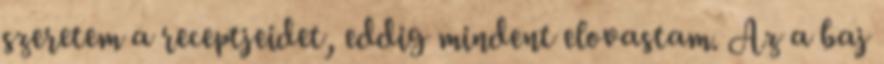
szeretem a receptjeidet, eddig mindent elovastam. Az a baj